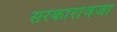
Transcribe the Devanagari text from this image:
सरकारांवजा